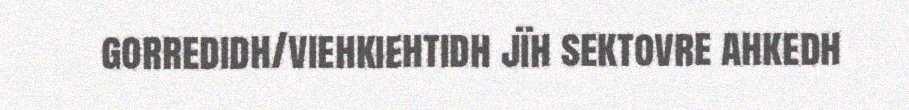
gorredidh/viehkiehtidh jïh sektovre ahkedh